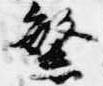
繁